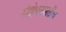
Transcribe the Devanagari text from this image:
संशोधनासाठीच